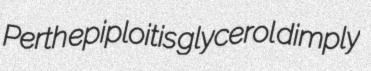
Perth epiploitis glycerol dimply